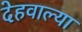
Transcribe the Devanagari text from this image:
देहवाल्या